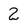
Character: 2